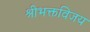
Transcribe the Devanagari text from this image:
श्रीभक्तविजय